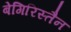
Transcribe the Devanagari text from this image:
बेगिरिस्तैन